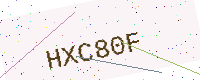
Text: HXC80F